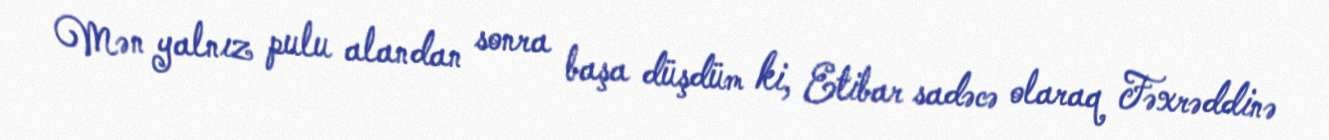
Mən yalnız pulu alandan sonra başa düşdüm ki, Etibar sadəcə olaraq Fəxrəddinə